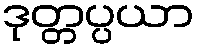
ဒုတ္တပ္ပယာ